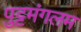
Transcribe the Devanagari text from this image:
पुट्टमंगलम